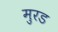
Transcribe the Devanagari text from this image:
मुरड